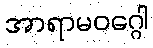
အာရာမဝဂ္ဂေါ